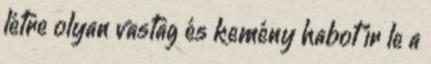
létre olyan vastag és kemény habot ír le a